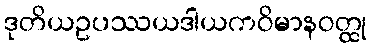
ဒုတိယဥပဿယဒါယကဝိမာနဝတ္ထု